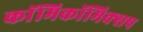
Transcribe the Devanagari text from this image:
काॅमिकॉमिक्सप